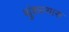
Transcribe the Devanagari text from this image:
थुंकल्यास